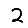
Digit: 2